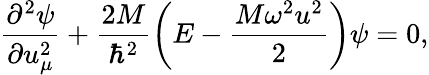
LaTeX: \frac{{\partial}^{2}\psi}{\partial u_{\mu}^{2}}+\frac{2M}{\hbar^{2}}\left(E-\frac{M\omega^{2}u^{2}}{2}\right)\psi=0,